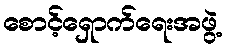
စောင့်ရှောက်ရေးအဖွဲ့